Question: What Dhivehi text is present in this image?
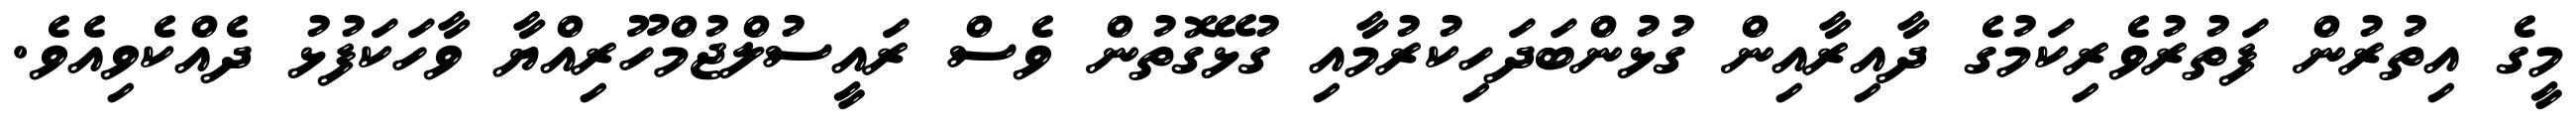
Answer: މީގެ އިތުރުން ފަތުރުވެރިކަމުގެ ދާއިރާއިން ގުޅުންބަދަހިކުރުމާއި ގުޅޭގޮތުން ވެސް ރައީސުލްޖުމްހޫރިއްޔާ ވާހަކަފުޅު ދެއްކެވިއެވެ.